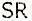
SR